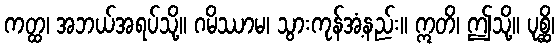
ကတ္ထ၊ အဘယ်အရပ်သို့။ ဂမိဿာမ၊ သွားကုန်အံ့နည်း။ ဣတိ၊ ဤသို့။ ပုစ္ဆိ၊